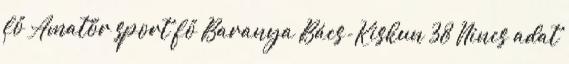
fő Amatőr sport fő Baranya Bács-Kiskun 38 Nincs adat